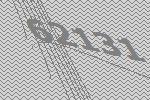
62131